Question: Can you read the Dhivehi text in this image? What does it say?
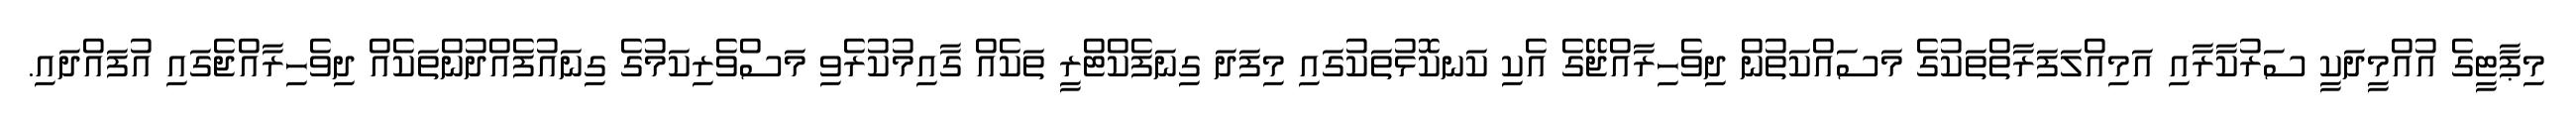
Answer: މިޕާޓީގެ އުއްމީދަކީ ސަރުކާރާއި އަމިއްލަފަރާތްތަކުގެ މަސައްކަތުން ދިވެހިރާއްޖޭގެ އެކި ކަނކޮޅުތަކުގައި މިފަދަ ގިނަފެކްޓްރީ ތަކެއް ގާއިމުކުރެވި މަސްވެރިކަމުގެ ގިނައުފެއްދުންތަކެއް ދިވެހިރާއްޖެގައި އުފައްދައި.